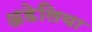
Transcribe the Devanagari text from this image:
अडेलिया